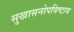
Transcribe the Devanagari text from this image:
सुखासनोपविष्टाय